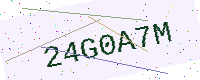
Text: 24G0A7M